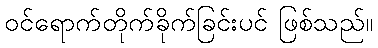
ဝင်ရောက်တိုက်ခိုက်ခြင်းပင် ဖြစ်သည်။